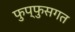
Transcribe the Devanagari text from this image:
फुप्फुसगत